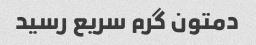
دمتون گرم سریع رسید